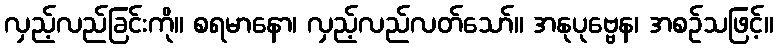
လှည့်လည်ခြင်းကို။ စရမာနော၊ လှည့်လည်လတ်သော်။ အနုပုဗ္ဗေန၊ အစဉ်သဖြင့်။